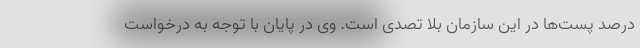
درصد پست‌ها در این سازمان بلا تصدی است. وی در پایان با توجه به درخواست